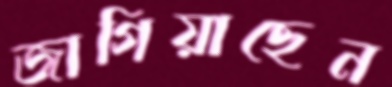
জাগিয়াছেন